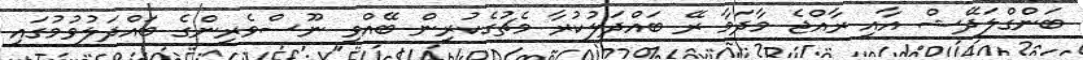
ބަންގްލަދޭޝް އާއި ރާއްޖެ މާދަމާ ރޭ ބައްދަލުކުރާ މެޗުގެކުރިން ބޭއްވި ނޫސްވެރިންގެ ބައްދަލުވުމުގައި